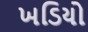
ખડિયો